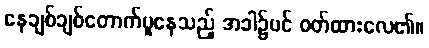
နေချစ်ချစ်တောက်ပူနေသည့် အခါ၌ပင် ဝတ်ထားလေ၏။